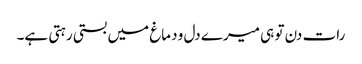
رات دن تو ہی میرے دل و دماغ میں بستی رہتی ہے۔